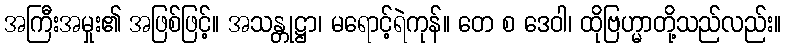
အကြီးအမှုး၏ အဖြစ်ဖြင့်။ အသန္တုဋ္ဌာ၊ မရောင့်ရဲကုန်။ တေ စ ဒေဝါ၊ ထိုဗြဟ္မာတို့သည်လည်း။